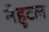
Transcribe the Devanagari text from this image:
नेहुटल